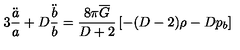
3 \frac { \ddot { a } } { a } + D \frac { \ddot { b } } { b } = \frac { 8 \pi \overline { { G } } } { D + 2 } \left[ - ( D - 2 ) \rho - D p _ { b } \right]